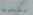
يتغوط